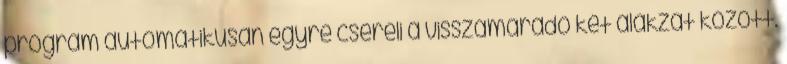
program automatikusan egyre cseréli a visszamaradó két alakzat között.